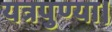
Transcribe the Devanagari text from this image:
यत्रपुण्या।